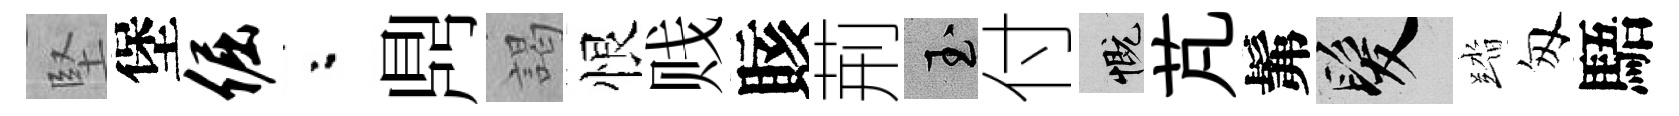
堅堡倔粉𪔂謁恨贱賅荊玉付慨芃髴髮踏匆䮏